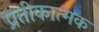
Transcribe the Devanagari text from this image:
प्रतीकात्‍मक